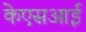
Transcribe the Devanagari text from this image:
केएसआई